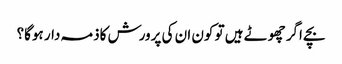
بچے اگر چھوٹے ہیں تو کون ان کی پرورش کاذمہ دار ہوگا؟